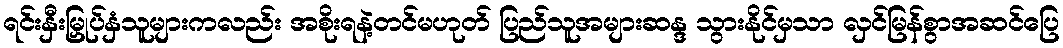
ရင်းနှီးမြှုပ်နှံသူများကလည်း အစိုးရနဲ့တင်မဟုတ် ပြည်သူအများဆန္ဒ သွားနိုင်မှသာ လှင်မြန်စွာအဆင်ပြေ